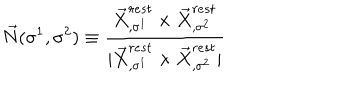
\vec { N } ( \sigma ^ { 1 } , \sigma ^ { 2 } ) \equiv \frac { \vec { X } _ { , \sigma ^ { 1 } } ^ { r e s t } \times \vec { X } _ { , \sigma ^ { 2 } } ^ { r e s t } } { | \vec { X } _ { , \sigma ^ { 1 } } ^ { r e s t } \times \vec { X } _ { , \sigma ^ { 2 } } ^ { r e s t } | }